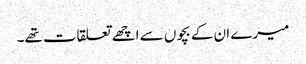
میرے ان کے بچوں سے اچھے تعلقات تھے۔